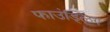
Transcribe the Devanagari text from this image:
फाउंड्लिंग